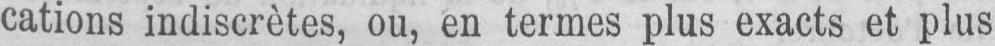
cations indiscrètes, ou, en termes plus exacts et plus